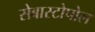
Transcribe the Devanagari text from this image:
सेबास्टोपोल